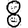
Digit: 8